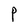
Character: P